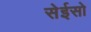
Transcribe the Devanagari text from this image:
सेईसो